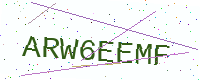
Text: ARW6EEMF